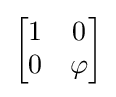
\textstyle {\begin{bmatrix}1&0\\0&\varphi \end{bmatrix}}